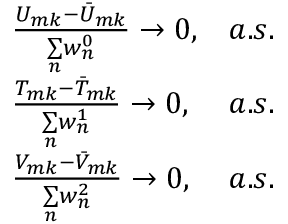
\begin{array} { r l r } & { \frac { U _ { m k } - \bar { U } _ { m k } } { \underset { n } { \sum } w _ { n } ^ { 0 } } \rightarrow 0 , } & { a . s . } \\ & { \frac { T _ { m k } - \bar { T } _ { m k } } { \underset { n } { \sum } w _ { n } ^ { 1 } } \rightarrow 0 , } & { a . s . } \\ & { \frac { V _ { m k } - \bar { V } _ { m k } } { \underset { n } { \sum } w _ { n } ^ { 2 } } \rightarrow 0 , } & { a . s . } \end{array}